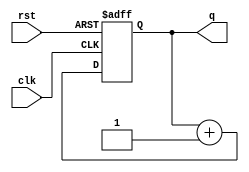
`timescale 1ns / 1ps
//////////////////////////////////////////////////////////////////////////////////
// Company: 
// Engineer: 
// 
// Design Name: 
// Module Name: lab3_3
// Project Name: 
// Target Devices: 
// Tool Versions: 
// Description: 
// 
// Dependencies: 
// 
// Revision:
// Revision 0.01 - File Created
// Additional Comments:
// 
//////////////////////////////////////////////////////////////////////////////////
   


module up_counter(q,clk,rst);
    input clk, rst;
    output [3:0]q;
    reg [3:0]q;
    reg [3:0]q_now;

always@(q)
    q_now = q + 4'd1;
    
always@(posedge clk or posedge rst)
    if(rst) 
        q<=4'd0;
    else 
        q<=q_now;

endmodule